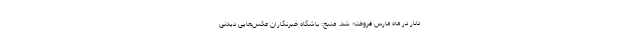
دلار در ماه مارس فروخته شد. منبع: باشگاه خبرنگاران عکس‌هایی دیدنی